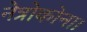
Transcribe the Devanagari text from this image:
नेत्रोकोना।